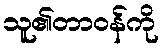
သူ၏တာဝန်ကို